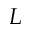
L